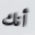
أنك